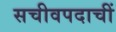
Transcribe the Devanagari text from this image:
सचीवपदाचीं